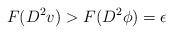
LaTeX: \begin{align*}F(D^2v)>F(D^2\phi)=\epsilon\end{align*}